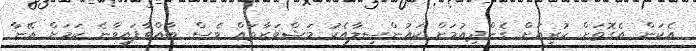
އެކަން އެގޮތަށް ކުރިއަށް ގެންދިއުމަށް ކައުންސިލާއެކު މަޝްވަރާތައް ވެސް ބާއްވާފައިވާނެ ކަމަށް އޭނާ